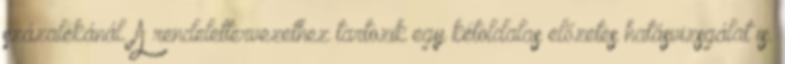
százalékánál. A rendelettervezethez tartozik egy kétoldalas előzetes hatásvizsgálat is.